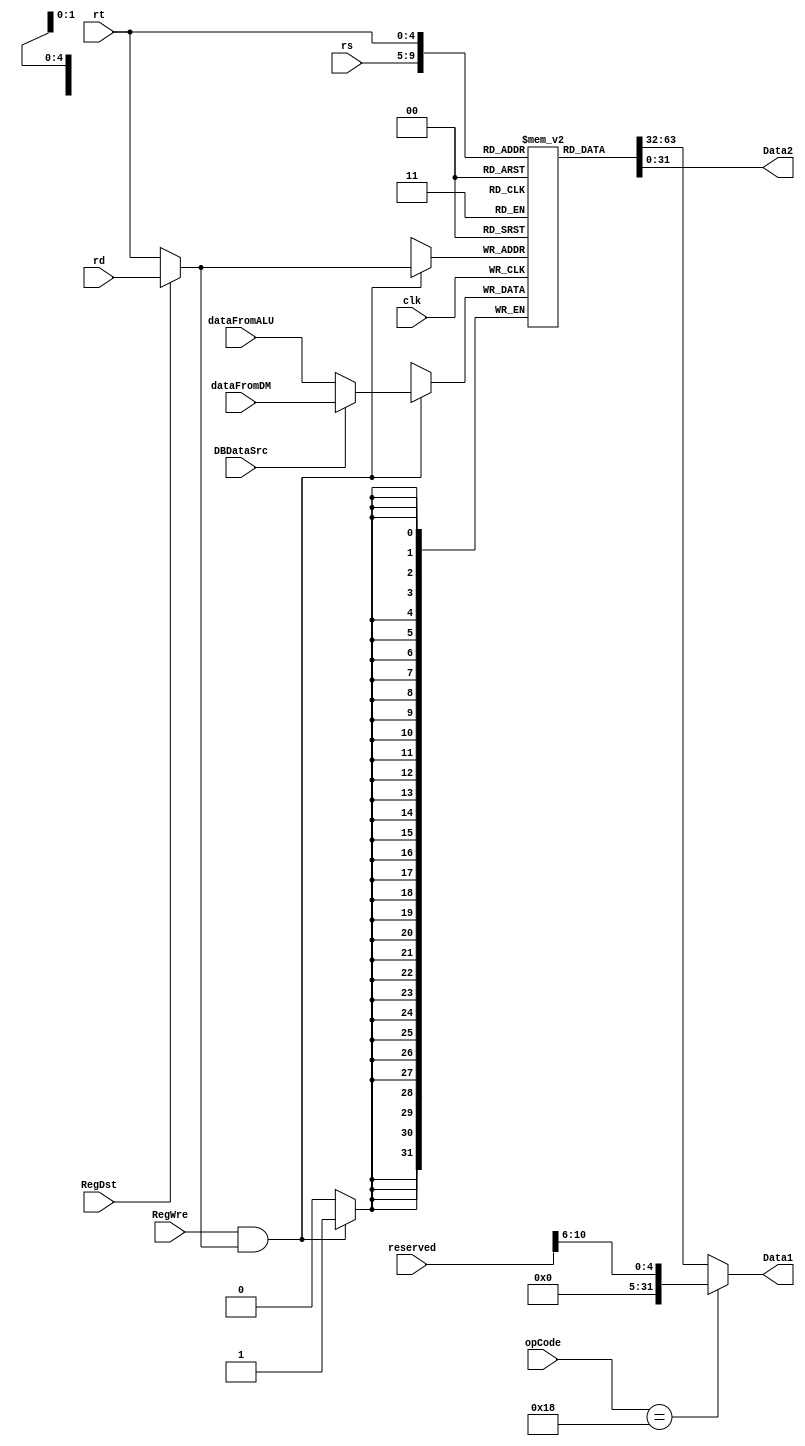
`timescale 1ns / 1ps
//////////////////////////////////////////////////////////////////////////////////
// Company: 
// Engineer: 
// 
// Design Name: 
// Module Name: RegFile
// Project Name: 
// Target Devices: 
// Tool Versions: 
// Description: 
// 
// Dependencies: 
// 
// Revision:
// Revision 0.01 - File Created
// Additional Comments:
// 
//////////////////////////////////////////////////////////////////////////////////


module RegFile(
    input clk,
    input RegDst,
    input RegWre,
    input DBDataSrc,
    input [5:0] opCode,
    input [4:0] rs,
    input [4:0] rt,
    input [4:0] rd,
    input [10:0] reserved,
    input [31:0] dataFromALU,
    input [31:0] dataFromDM,
    output [31:0] Data1,
    output [31:0] Data2
    );
    
    reg [31:0] register[0:31];
    integer i;
    initial begin
        for(i = 0; i < 32; i = i + 1) register[i] = 0;
    end
    
    wire [4:0] writeReg;
    wire [31:0] writeData;
    
    assign writeReg = RegDst ? rd : rt;
    assign writeData = DBDataSrc ? dataFromDM : dataFromALU;
    
    assign Data1 = (opCode == 6'b011000) ? reserved[10:6] : register[rs];
    assign Data2 = register[rt];
    
    always @(negedge clk) begin
        if(RegWre && writeReg) register[writeReg] = writeData;
    end
    
endmodule